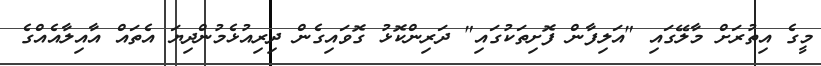
މީގެ އިތުރަށް މާލޭގައި "އަލިފާން ފޮށިތަކުގައި" ދަރިންކޮޅު ގޮވައިގެން ދިރިއުޅެމުންދިޔަ އެތައް އާއިލާއެއްގެ